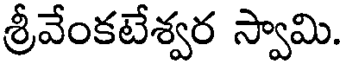
శ్రీవేంకటేశ్వర స్వామి.